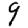
Digit: 9